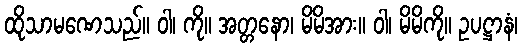
ထိုသာမဏေသည်။ ဝါ၊ ကို။ အတ္တနော၊ မိမိအား။ ဝါ၊ မိမိကို။ ဥပဋ္ဌာနံ၊